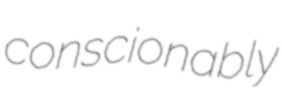
conscionably